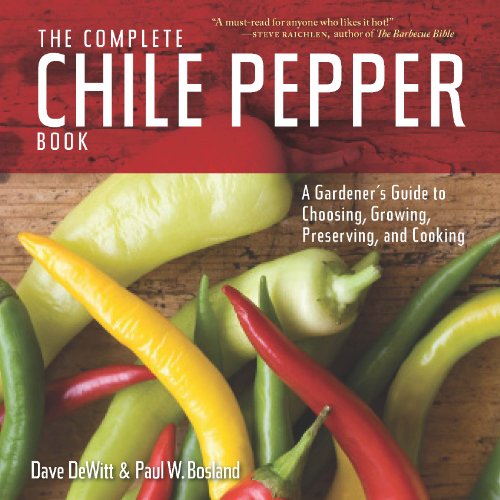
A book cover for The Complete Chile Pepper Book: A Gardener's Guide to Choosing, Growing, Preserving, and Cooking; Dave DeWitt; Cookbooks, Food & Wine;